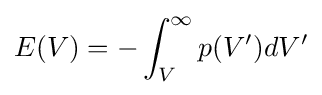
E(V)=-\int _{V}^{\infty }p(V^{\prime })dV^{\prime }